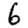
Digit: 6